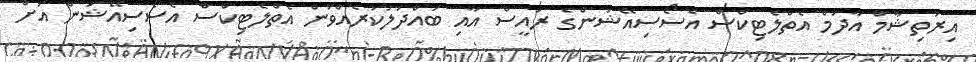
އިރުތިޝާމް އާދަމް އެތްލެޓިކްސް އެސޯސިއޭޝަންގެ ރައީސް އާއި ބައްދަލުކުރެއްވުން އެތްލެޓިކްސް އެސޯސިއޭޝަން އަށް